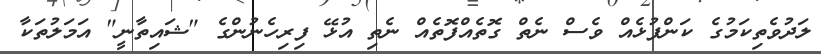
ލަދުވެތިކަމުގެ ކަންފުޅެއް ވެސް ނެތް ގޮތެއްފޮތެއް ނެތި އުޅޭ ފިރިހެނުންގެ "ޝައިތާނީ" އަމަލުތަކާ